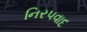
નિરપવાદ